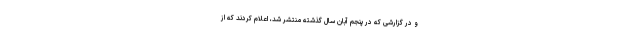
و در گزارشی که در پنجم آبان سال گذشته منتشر شد، اعلام کردند که از